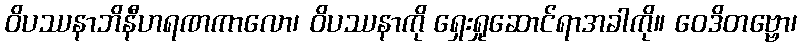
ဝိပဿနာဘိနီဟရဏကာလော၊ ဝိပဿနာကို ရှေးရှုဆောင်ရာအခါကို။ ဝေဒိတဗ္ဗော၊